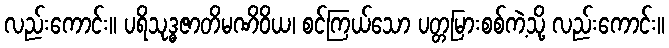
လည်းကောင်း။ ပရိသုဒ္ဓဇာတိမဏိဝိယ၊ စင်ကြယ်သော ပတ္တမြားစစ်ကဲ့သို့ လည်းကောင်း။